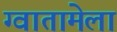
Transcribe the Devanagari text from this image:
ग्वातामेला